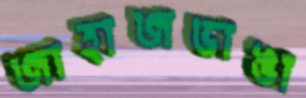
জাহাজভাঙা